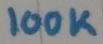
Text: 100K